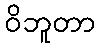
ဝိဘူတာ